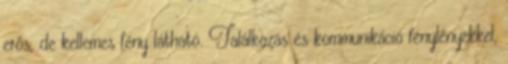
erős, de kellemes fény látható. Találkozás és kommunikáció fénylényekkel,